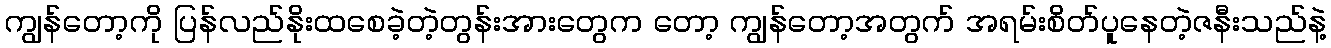
ကျွန်တော့ကို ပြန်လည်နိုးထစေခဲ့တဲ့တွန်းအားတွေက တော့ ကျွန်တော့အတွက် အရမ်းစိတ်ပူနေတဲ့ဇနီးသည်နဲ့